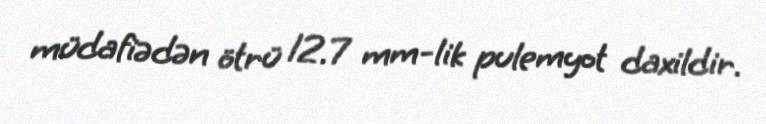
müdafiədən ötrü 12.7 mm-lik pulemyot daxildir.